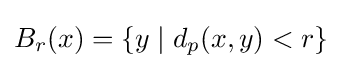
B_{r}(x)=\{y\mid d_{p}(x,y)<r\}